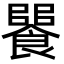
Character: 𩝵